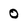
Character: O